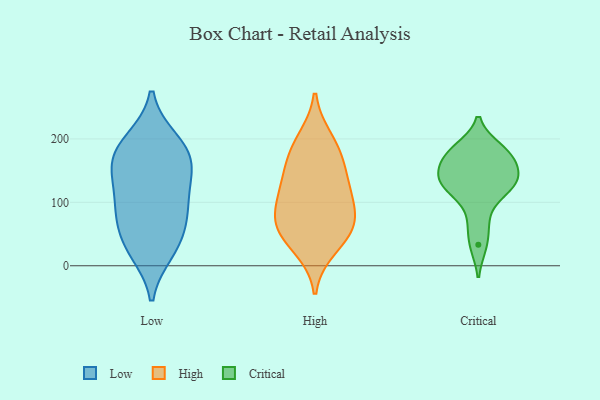
{"axis": {"x": "Demand Index", "y": "Value"}, "legend": ["Critical", "High", "Low"], "data": [{"x": "", "y": 87, "type": "Low"}, {"x": "", "y": 43, "type": "Low"}, {"x": "", "y": 29, "type": "Low"}, {"x": "", "y": 197, "type": "Low"}, {"x": "", "y": 81, "type": "Low"}, {"x": "", "y": 176, "type": "Low"}, {"x": "", "y": 192, "type": "Low"}, {"x": "", "y": 87, "type": "Low"}, {"x": "", "y": 150, "type": "Low"}, {"x": "", "y": 23, "type": "Low"}, {"x": "", "y": 118, "type": "Low"}, {"x": "", "y": 166, "type": "Low"}, {"x": "", "y": 147, "type": "Low"}, {"x": "", "y": 66, "type": "High"}, {"x": "", "y": 29, "type": "High"}, {"x": "", "y": 118, "type": "High"}, {"x": "", "y": 59, "type": "High"}, {"x": "", "y": 181, "type": "High"}, {"x": "", "y": 198, "type": "High"}, {"x": "", "y": 55, "type": "High"}, {"x": "", "y": 162, "type": "High"}, {"x": "", "y": 108, "type": "High"}, {"x": "", "y": 132, "type": "High"}, {"x": "", "y": 78, "type": "High"}, {"x": "", "y": 119, "type": "Critical"}, {"x": "", "y": 122, "type": "Critical"}, {"x": "", "y": 163, "type": "Critical"}, {"x": "", "y": 141, "type": "Critical"}, {"x": "", "y": 175, "type": "Critical"}, {"x": "", "y": 71, "type": "Critical"}, {"x": "", "y": 177, "type": "Critical"}, {"x": "", "y": 137, "type": "Critical"}, {"x": "", "y": 33, "type": "Critical"}, {"x": "", "y": 133, "type": "Critical"}, {"x": "", "y": 184, "type": "Critical"}]}